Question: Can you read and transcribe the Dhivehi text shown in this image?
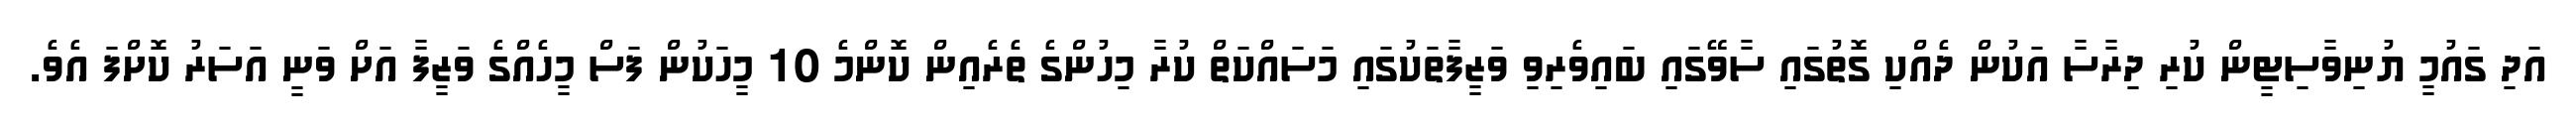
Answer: އަދި ގައުމީ ޔުނިވާސިޓީން ކުރި ދިރާސާ އަކުން ދެއްކި ގޮތުގައި ސާވޭގައި ބައިވެރިވި ވަޒީފާތަކުގައި މަސައްކަތް ކުރާ މިހުންގެ ތެރެއިން ކޮންމެ 10 މީހަކުން ފަސް މީހެއްގެ ވަޒީފާ އަށް ވަނީ އަސަރު ކޮށްފަ އެވެ.